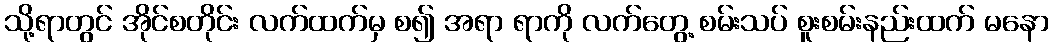
သို့ရာတွင် အိုင်စတိုင်း လက်ထက်မှ စ၍ အရာ ရာကို လက်တွေ့ စမ်းသပ် စူးစမ်းနည်းထက် မနော